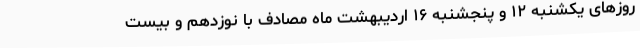
روزهای یکشنبه ۱۲ و پنجشنبه ۱۶ اردیبهشت ماه مصادف با نوزدهم و بیست